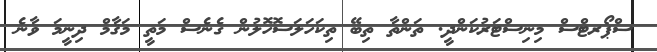
ސްޕޯރޓްސް މިނިސްޓަރުކަންދީ. ތަންތާ ތިބޭ ތިކަހަލަސޮހޮލުން ގެނެސް މަތީ މަޤާމް ދިނީމަ ވާނެ